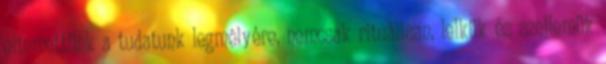
eltemettünk a tudatunk legmélyére, nemcsak rituálisan, lelkük és szellemük